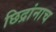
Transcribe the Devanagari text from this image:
छिद्रांनाच